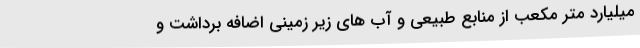
میلیارد متر مکعب از منابع طبیعی و آب های زیر زمینی اضافه برداشت و